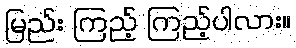
မြည်း ကြည့် ကြည့်ပါလား။